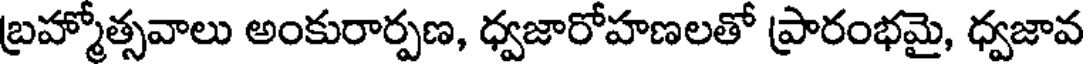
బ్రహ్మోత్సవాలు అంకురార్పణ, ధ్వజారోహణలతో ప్రారంభమై, ధ్వజావ